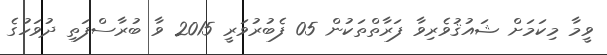
ވީމާ މިކަމަށް ޝައުޤުވެރިވާ ފަރާތްތަކުން 05 ފެބުރުވަރީ 2015 ވާ ބުރާސްފަތި ދުވަހުގެ